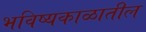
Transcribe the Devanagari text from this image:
भविष्यकाळातील